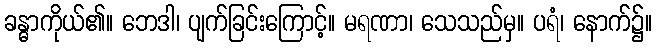
ခန္ဓာကိုယ်၏။ ဘေဒါ၊ ပျက်ခြင်းကြောင့်။ မရဏာ၊ သေသည်မှ။ ပရံ၊ နောက်၌။